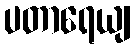
ပတာရေယျ